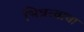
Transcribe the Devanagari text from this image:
भिन्नत्वाचा